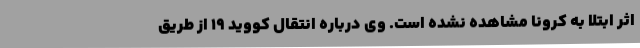
اثر ابتلا به کرونا مشاهده نشده است. وی درباره انتقال کووید 19 از طریق